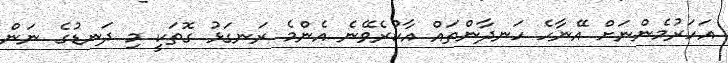
އަހަރުމެންނަށް އޭނާހެ ހަނދާންތައް އާކުރެވޭނެ އެންމެ ރަނގަޅު ގޮތަކީ މި ދަނޑުގެ ނަން